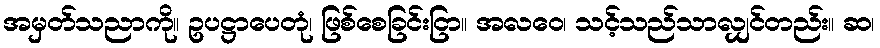
အမှတ်သညာကို။ ဥပဋ္ဌာပေတုံ၊ ဖြစ်စေခြင်းငြာ။ အလဝေ၊ သင့်သည်သာလျှင်တည်း။ ဆ၊